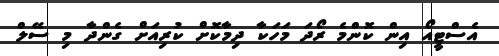
އެސްޓީއޯ އިން ކޮންމެ ރޯދަ މަހަކާ ދިމާކޮށް ކުރިއަށް ގެންދާ މި ސޭލް